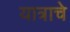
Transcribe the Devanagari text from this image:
यात्राचे